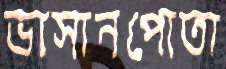
ভাসানপোতা